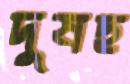
দুষছ